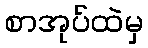
စာအုပ်ထဲမှ